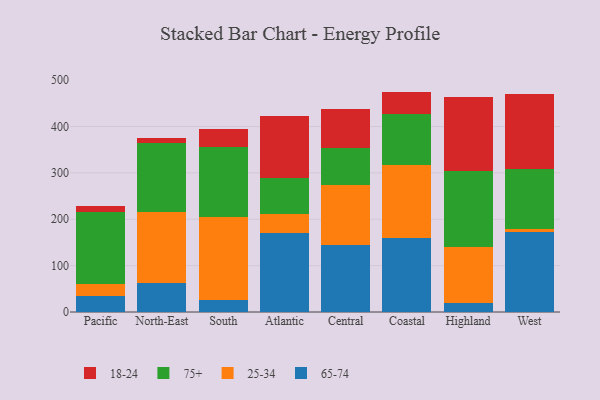
{"axis": {"x": "Region", "y": "Operating Costs (USD K)"}, "legend": ["18-24", "25-34", "65-74", "75+"], "data": [{"x": "Pacific", "y": 35.3, "type": "65-74"}, {"x": "Pacific", "y": 25.1, "type": "25-34"}, {"x": "Pacific", "y": 154.5, "type": "75+"}, {"x": "Pacific", "y": 13.8, "type": "18-24"}, {"x": "North-East", "y": 62.0, "type": "65-74"}, {"x": "North-East", "y": 153.3, "type": "25-34"}, {"x": "North-East", "y": 149.9, "type": "75+"}, {"x": "North-East", "y": 10.7, "type": "18-24"}, {"x": "South", "y": 25.6, "type": "65-74"}, {"x": "South", "y": 178.9, "type": "25-34"}, {"x": "South", "y": 151.9, "type": "75+"}, {"x": "South", "y": 38.3, "type": "18-24"}, {"x": "Atlantic", "y": 170.7, "type": "65-74"}, {"x": "Atlantic", "y": 39.9, "type": "25-34"}, {"x": "Atlantic", "y": 78.9, "type": "75+"}, {"x": "Atlantic", "y": 133.0, "type": "18-24"}, {"x": "Central", "y": 143.6, "type": "65-74"}, {"x": "Central", "y": 131.0, "type": "25-34"}, {"x": "Central", "y": 78.8, "type": "75+"}, {"x": "Central", "y": 84.1, "type": "18-24"}, {"x": "Coastal", "y": 160.5, "type": "65-74"}, {"x": "Coastal", "y": 155.7, "type": "25-34"}, {"x": "Coastal", "y": 111.7, "type": "75+"}, {"x": "Coastal", "y": 47.4, "type": "18-24"}, {"x": "Highland", "y": 19.9, "type": "65-74"}, {"x": "Highland", "y": 119.3, "type": "25-34"}, {"x": "Highland", "y": 165.3, "type": "75+"}, {"x": "Highland", "y": 159.8, "type": "18-24"}, {"x": "West", "y": 172.1, "type": "65-74"}, {"x": "West", "y": 6.3, "type": "25-34"}, {"x": "West", "y": 129.4, "type": "75+"}, {"x": "West", "y": 161.9, "type": "18-24"}]}